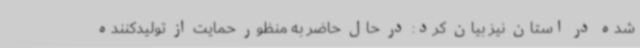
شده در استان نیز بیان کرد: در حال حاضر به منظور حمایت از تولیدکننده